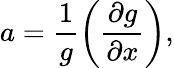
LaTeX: a=\frac{1}{g}\bigg(\frac{\partial g}{\partial x}\bigg),